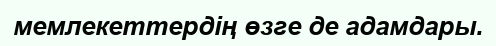
мемлекеттердің өзге де адамдары.